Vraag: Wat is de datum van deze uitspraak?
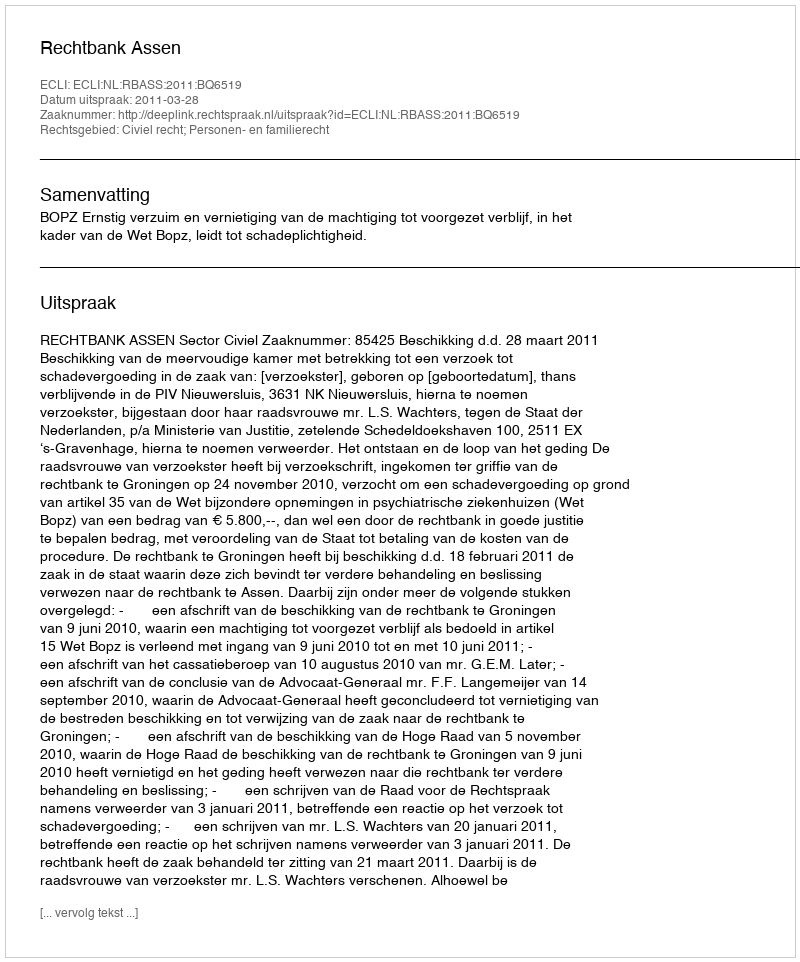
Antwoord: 2011-03-28